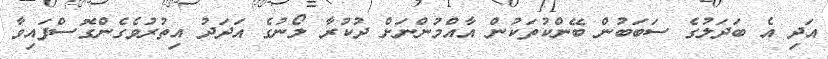
އަދި އެ ބަދަލުގެ ސަބަބުން ބޭންކުތަކުން އާއްމުންނަށް ދުކުރާ ލޯނުގެ އަދަދު އިތުރުވެގެންގޮސްފައިވާ